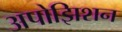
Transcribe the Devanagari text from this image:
अपोझिशन